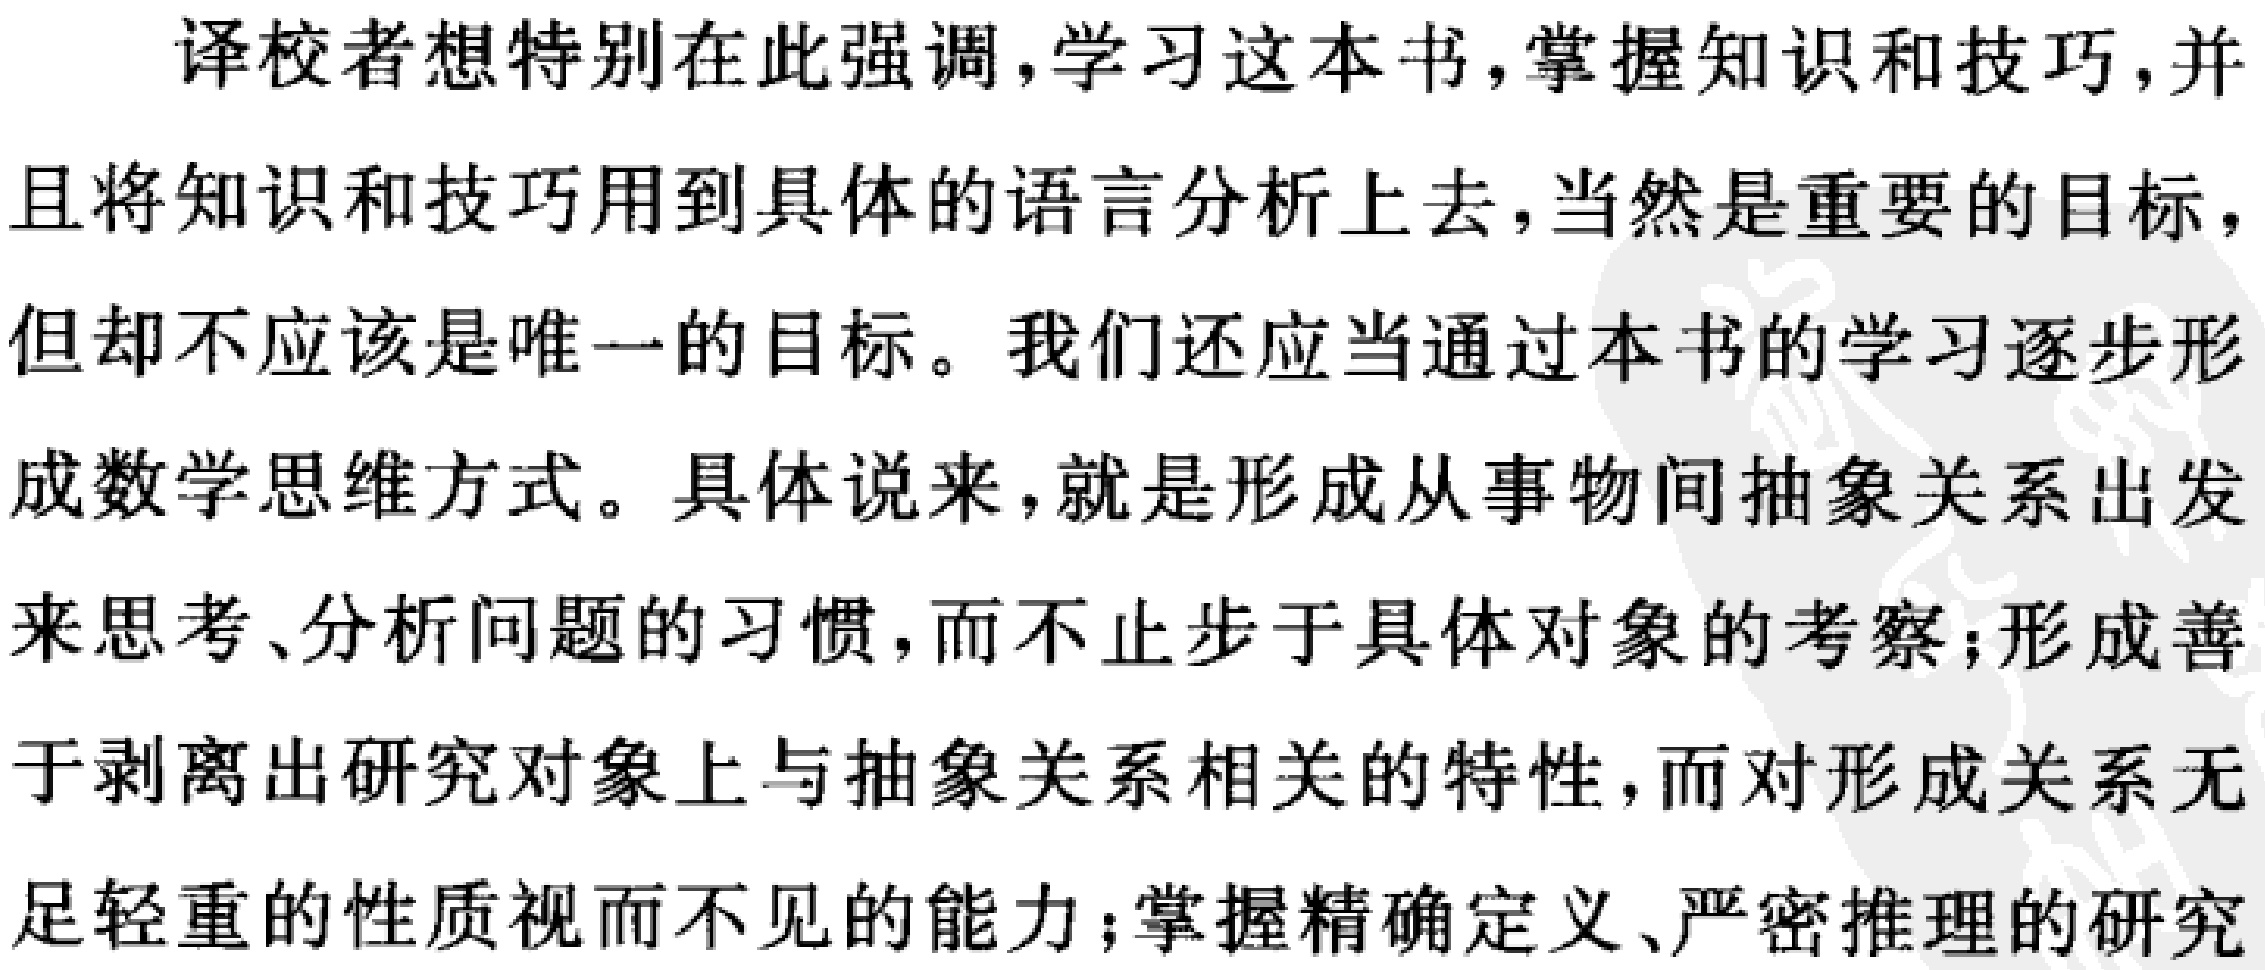
译校者想特别在此强调，学习这本书，掌握知识和技巧，并且将知识和技巧用到具体的语言分析上去，当然是重要的目标，但却不应该是唯一的目标。我们还应当通过本书的学习逐步形成数学思维方式。具体说来，就是形成从事物间抽象关系出发来思考、分析问题的习惯，而不止步于具体对象的考察；形成善于剥离出研究对象上与抽象关系相关的特性，而对形成关系无足轻重的性质视而不见的能力；掌握精确定义、严密推理的研究